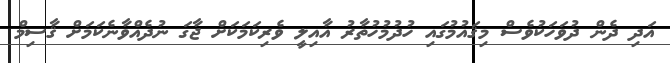
އަދި ދެން ދުވަހަކުވެސް މިޤައުމުގައި ހުދުމުހުތާރު އާއިލީ ވެރިކަމަކަށް ޖާގަ ނުދެއްވާނެކަމަށް ޤާސިމް